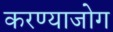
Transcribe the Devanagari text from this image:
करण्याजोग